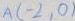
A ( - 2 , 0